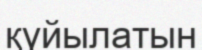
қүйылатын